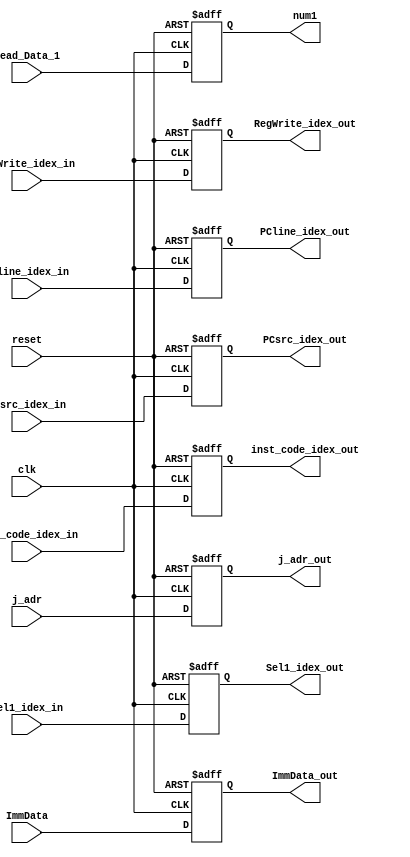
module id_ex(Sel1_idex_in, RegWrite_idex_in,PCsrc_idex_in,inst_code_idex_in, ImmData, Read_Data_1, j_adr,PCline_idex_in,clk, reset, 
num1,PCline_idex_out, ImmData_out,inst_code_idex_out, j_adr_out, PCsrc_idex_out, RegWrite_idex_out, Sel1_idex_out);
input [7:0] ImmData, Read_Data_1, PCline_idex_in;
input [7:0] inst_code_idex_in;
input [5:0] j_adr;
input clk, reset, PCsrc_idex_in,Sel1_idex_in,RegWrite_idex_in ;
output reg [7:0] ImmData_out, num1, PCline_idex_out;//ImmData_out goes to alu
output reg [7:0] inst_code_idex_out;
output reg [5:0] j_adr_out;
output reg PCsrc_idex_out, RegWrite_idex_out, Sel1_idex_out;
//output reg Sel1;
always @(posedge clk, negedge reset)
begin
if(reset == 0)
begin
ImmData_out <=0;
num1 <= 0;
PCline_idex_out <=0;
inst_code_idex_out <=0;
j_adr_out <=0;
PCsrc_idex_out <=1;
Sel1_idex_out <=0;
RegWrite_idex_out <=0;
//Sel1 <= 1;
end
else
begin 
ImmData_out <= ImmData;
num1 <= Read_Data_1 ;
PCline_idex_out <= PCline_idex_in;
inst_code_idex_out <= inst_code_idex_in;
j_adr_out <= j_adr;
PCsrc_idex_out <= PCsrc_idex_in;
Sel1_idex_out <= Sel1_idex_in;
RegWrite_idex_out <= RegWrite_idex_in;
/*if(inst_code_idex_in[7:6] == 2'b00)
	Sel1 <=0;
else
	Sel1 <= 1;
	*/
end
end     
endmodule